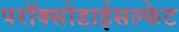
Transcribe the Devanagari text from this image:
परॉक्सोडाईसल्फेट